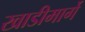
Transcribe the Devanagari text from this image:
खाडीमार्गे